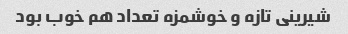
شیرینی تازه و خوشمزه تعداد هم خوب بود